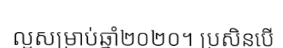
ល្អសម្រាប់ឆ្នាំ២០២០។ ប្រសិនបើ